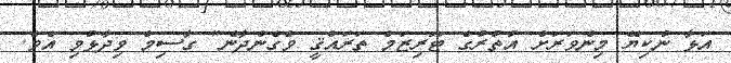
އަޅާ ނުކިޔޭ މިންވަރަށް އުތުރުގެ ޓޫރިޒަމް ތަރައްޤީ ވެގެންދާނެ" ގާސިމް ވިދާޅުވި އެވެ.